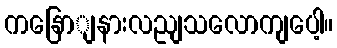
ကနြောျနားလညျသလောကျပေါ့။